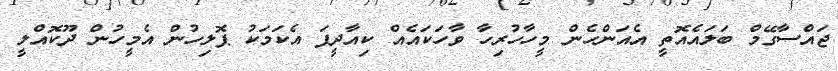
ޖައްސާގޭމް ބަލައެއޮތީ އެއަންހެން މީހާހުރިހާ ވާހަކައެއް ކިއާދީފަ އެކަމަކު ޕޮލިހުން އެމީހުން ދޫކޮއްލީ